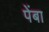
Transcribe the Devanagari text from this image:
पेंबा